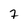
Character: 7